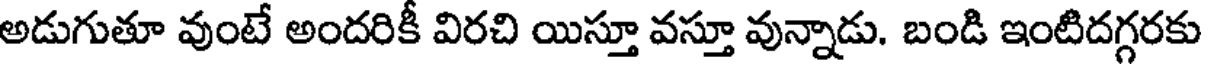
అడుగుతూ వుంటే అందరికీ విరచి యిస్తూ వస్తూ వున్నాడు. బండి ఇంటిదగ్గరకు